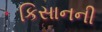
કિસાનની